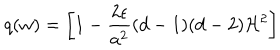
q ( w ) = \biggl [ 1 - \frac { 2 \epsilon } { a ^ { 2 } } ( d - 1 ) ( d - 2 ) { \cal H } ^ { 2 } \biggr ]